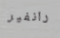
رانفير